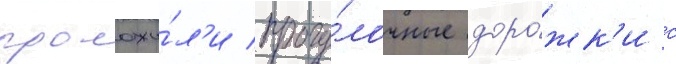
проложи́л'и прогу́лочные доро́жк'и с